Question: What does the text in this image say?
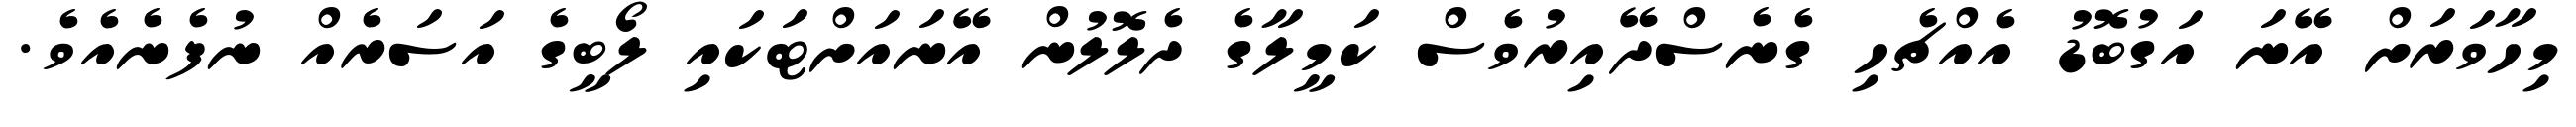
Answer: މިހާވަރަށް އޭނަ އަގުބޮޑު އެއްޗެހި ގެނެސްދޭއިރުވެސް ކަމީލާގެ ދެލޮލުން އޭނައަށްޓަކައި ލޯބީގެ އަސަރެއް ނުފެނެއެވެ.